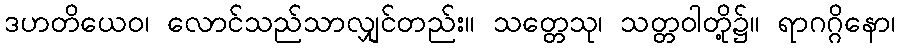
ဒဟတိယေဝ၊ လောင်သည်သာလျှင်တည်း။ သတ္တေသု၊ သတ္တဝါတို့၌။ ရာဂဂ္ဂိနော၊